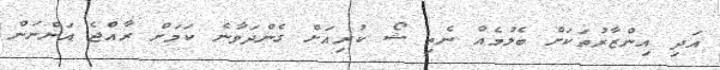
އަދި އިންޒާރުތަކަށް ބެލުމެއް ނެތި ޝޯ ކުރިއަށް ގެންދަވާނެ ކަމަށް ރާއްޖެ އަންނަން